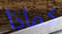
كماذا